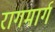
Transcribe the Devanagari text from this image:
रागमार्ग